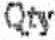
QTY